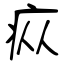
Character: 疭